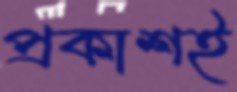
প্রকাশই